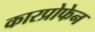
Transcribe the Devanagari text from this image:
कारप्रोफेन